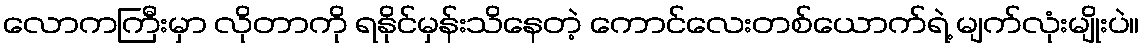
လောကကြီးမှာ လိုတာကို ရနိုင်မှန်းသိနေတဲ့ ကောင်လေးတစ်ယောက်ရဲ့ မျက်လုံးမျိုးပဲ။